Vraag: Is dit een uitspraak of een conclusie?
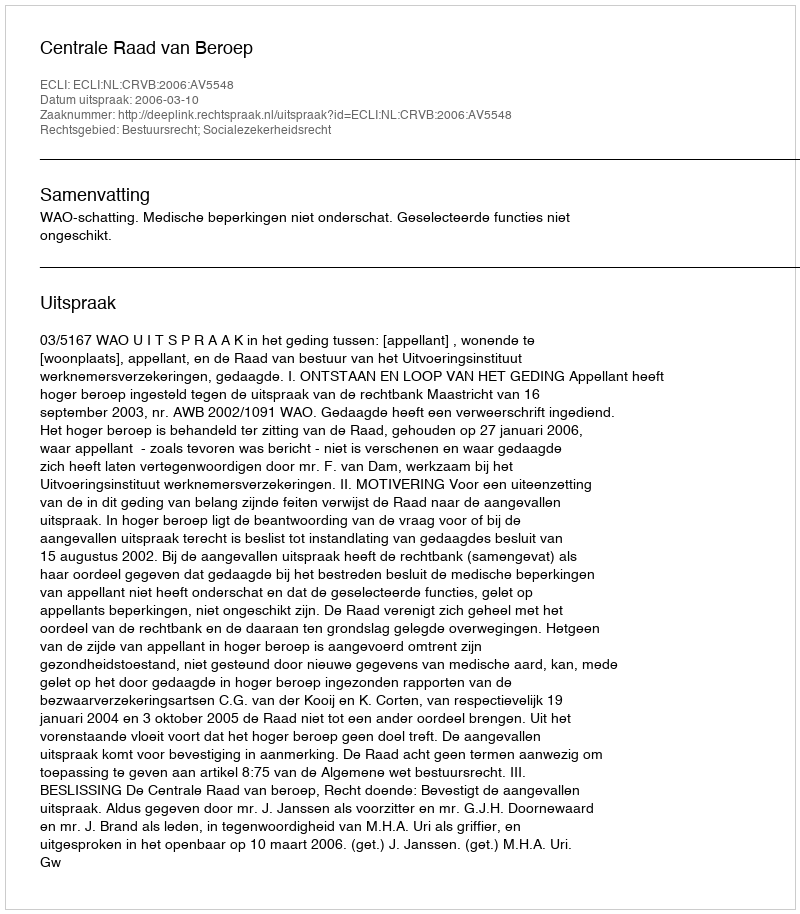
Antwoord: Uitspraak